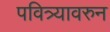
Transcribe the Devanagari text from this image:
पवित्र्यावरुन